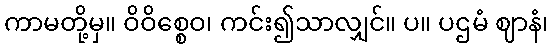
ကာမတို့မှ။ ဝိဝိစ္စေဝ၊ ကင်း၍သာလျှင်။ ပ။ ပဌမံ ဈာနံ၊